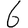
Digit: 6